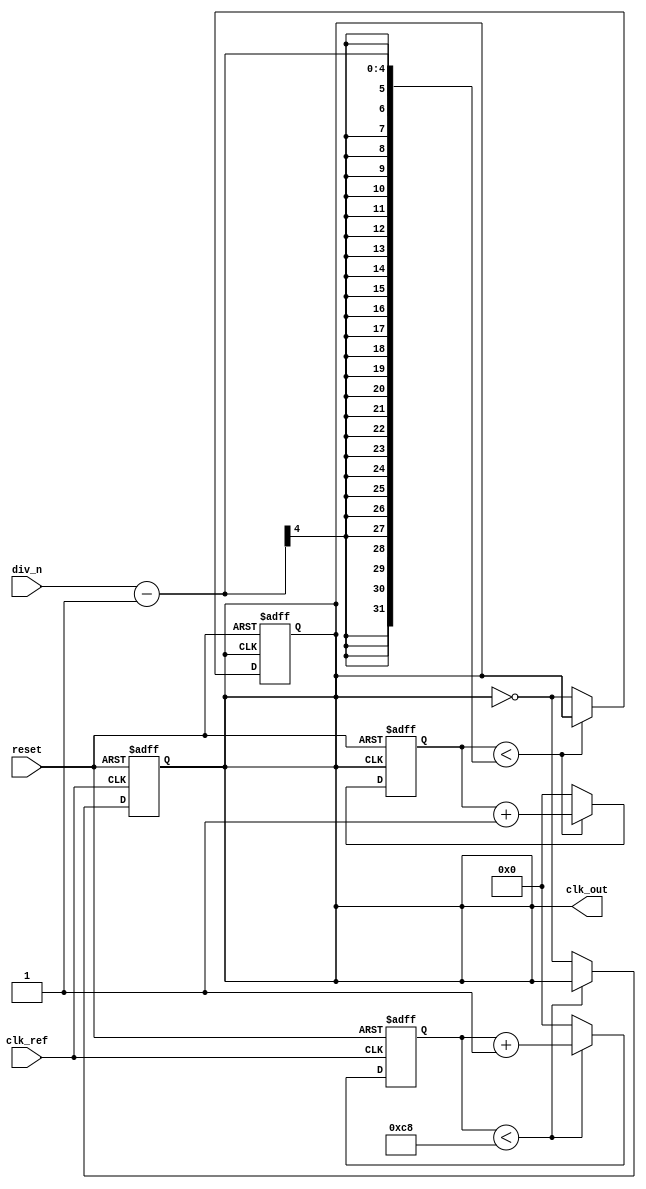
module low_jitter_pll (
    input wire clk_ref,      // Reference clock input
    input wire reset,        // Asynchronous reset
    input wire [3:0] div_n,  // Division ratio (N) for frequency divider
    output reg clk_out       // Output clock
);

// Parameters
parameter VCO_MAX_FREQ = 200; // Maximum VCO frequency in MHz
parameter VCO_MIN_FREQ = 100; // Minimum VCO frequency in MHz

// Internal signals
reg [3:0] vco_counter; // A simple counter for VCO simulation
reg [3:0] phase_error; // Phase error signal from the phase detector
reg [3:0] loop_filter_out; // Output of loop filter

// VCO behavior (simplified)
always @(posedge clk_ref or posedge reset) begin
    if (reset) begin
        vco_counter <= 0;
        clk_out <= 0;
    end
    else begin
        // VCO simulation: a simple counter-based VCO model
        if (vco_counter < VCO_MAX_FREQ) begin
            vco_counter <= vco_counter + 1;
        end else begin
            vco_counter <= 0;
            clk_out <= ~clk_out; // Toggle clock output
        end
    end
end

// Phase Detector (PD) - simplified phase error computation
always @(posedge clk_ref or posedge reset) begin
    if (reset) begin
        phase_error <= 0;
    end
    else begin
        // Simple phase detector: could be optimized
        phase_error <= (vco_counter > (div_n - 1)) ? (vco_counter - (div_n - 1)) : (div_n - 1 - vco_counter);
    end
end

// Loop Filter (simple averaging for stability)
always @(posedge clk_ref or posedge reset) begin
    if (reset) begin
        loop_filter_out <= 0;
    end
    else begin
        // Simple first-order loop filter: moving average
        loop_filter_out <= (loop_filter_out + phase_error) >> 1; // Averaging
    end
end

// Frequency Divider (N)
reg [3:0] div_counter;
always @(posedge clk_out or posedge reset) begin
    if (reset) begin
        div_counter <= 0;
        clk_out <= 0;
    end
    else begin
        if (div_counter < div_n - 1) begin
            div_counter <= div_counter + 1;
        end else begin
            div_counter <= 0;
            clk_out <= ~clk_out; // Toggle divided clock
        end
    end
end

endmodule